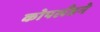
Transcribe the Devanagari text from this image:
कोपलँडने